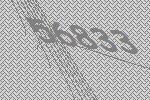
56833